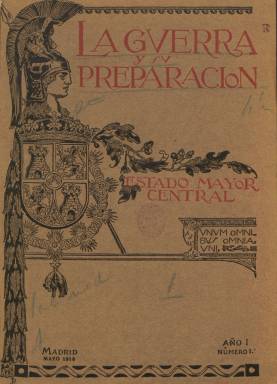
Título: La Guerra y su preparación
Colección: Fuerzas armadas
Ámbito geográfico: Madrid
Lugar de publicación: Madrid
Fechas: 01/05/1916-31/12/1931

Principal revista estrictamente técnica que el Estado Mayor Central del Ejército empieza a publicar mensualmente a partir de mayo de 1916 como respuesta al interés profesional y formativo que suscitaba en la alta oficialidad del Ejército español el conocimiento de los medios, tácticas y acciones bélicas que se estaban desarrollando durante la gran guerra europea (1914-1918) y que seguiría publicándose hasta finales de 1931, adoptando a partir de entonces el título Revista de estudios militares, que también forma parte de la colección de la Biblioteca Nacional de España.

Según la real orden que autoriza su publicación, la información debía proceder de “fuentes autorizadas”, siéndolo de hecho de los agregados militares en los diferentes países y de las memorias elaboradas por los observadores enviados a los frentes de batalla, que era una práctica que gozaba de larga tradición. La redacción estaba a cargo de la 5ª Sección de dicho Estado Mayor, cuyo jefe de secretaría tenía el rango de coronel. La publicación se distribuía en todos los centros y dependencias de las fuerzas armadas españolas y a los altos mandos.

Cada una de sus entregas supera el centenar de páginas, compuestas a una columna. Su colección la forman tomos semestrales, con numeración propia y paginación continuada. Las entregas del segundo semestre de 1931 son dobles. Serán impresas en los Talleres del Depósito de la Guerra y cada tomo llevará una cubierta estampada a dos tintas. Al final de cada uno de ellos se elabora un índice de sumarios. Insertará numerosos fotograbados de la guerra (frentes, trincheras, armamentos, instalaciones, etc.), con fotografías aéreas (bombardeos, etc.), así como mapas, planos, croquis y figuras.

Contiene artículos sobre los principales ejércitos de la época (Alemania, Estados Unidos, Italia o Reino Unido). Para darse una idea de sus contenidos citaremos los titulados Desarrollo de la aviación en Estados Unidos, La marina de guerra argentina, Consumo de municiones en la actual guerra, El servicio obligatorio restringido en Inglaterra, La ofensiva francesa en la Campagne, a fin de septiembre de 1915, Los servicios sanitarios del ejército inglés en la gran guerra, El municionamiento de la artillería moderna, La organización del Alto mando del ejército en campaña de Austria-Hungría, Batallas de Lorena y Nancy, Organización de los servicios logísticos en el ejército italiano o Una visita al frente inglés en Francia.

También publicará artículos sobre historia militar española, como el titulado Las batallas de la Guerra de la Independencia de 1808-1814, según el tratadista inglés sir Charles Oman, con la colaboración de la Sección Histórica del Depósito Geográfico e Histórico del Ejército, así como un Curso de preparación de coroneles para el ascenso, en 1930. Contará también con secciones fijas como las siguientes: Extranjero, Gráfica, Bibliográfica y Revistas, y publicará otro tipo de informaciones más breves, todas ellas relativas principalmente a los aspectos técnicos y organizativos de los ejércitos modernos que se desarrollaron durante la primera guerra mundial.